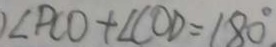
\angle P C O + \angle C O D = 1 8 0 ^ { \circ } \vert _ { \cdot }